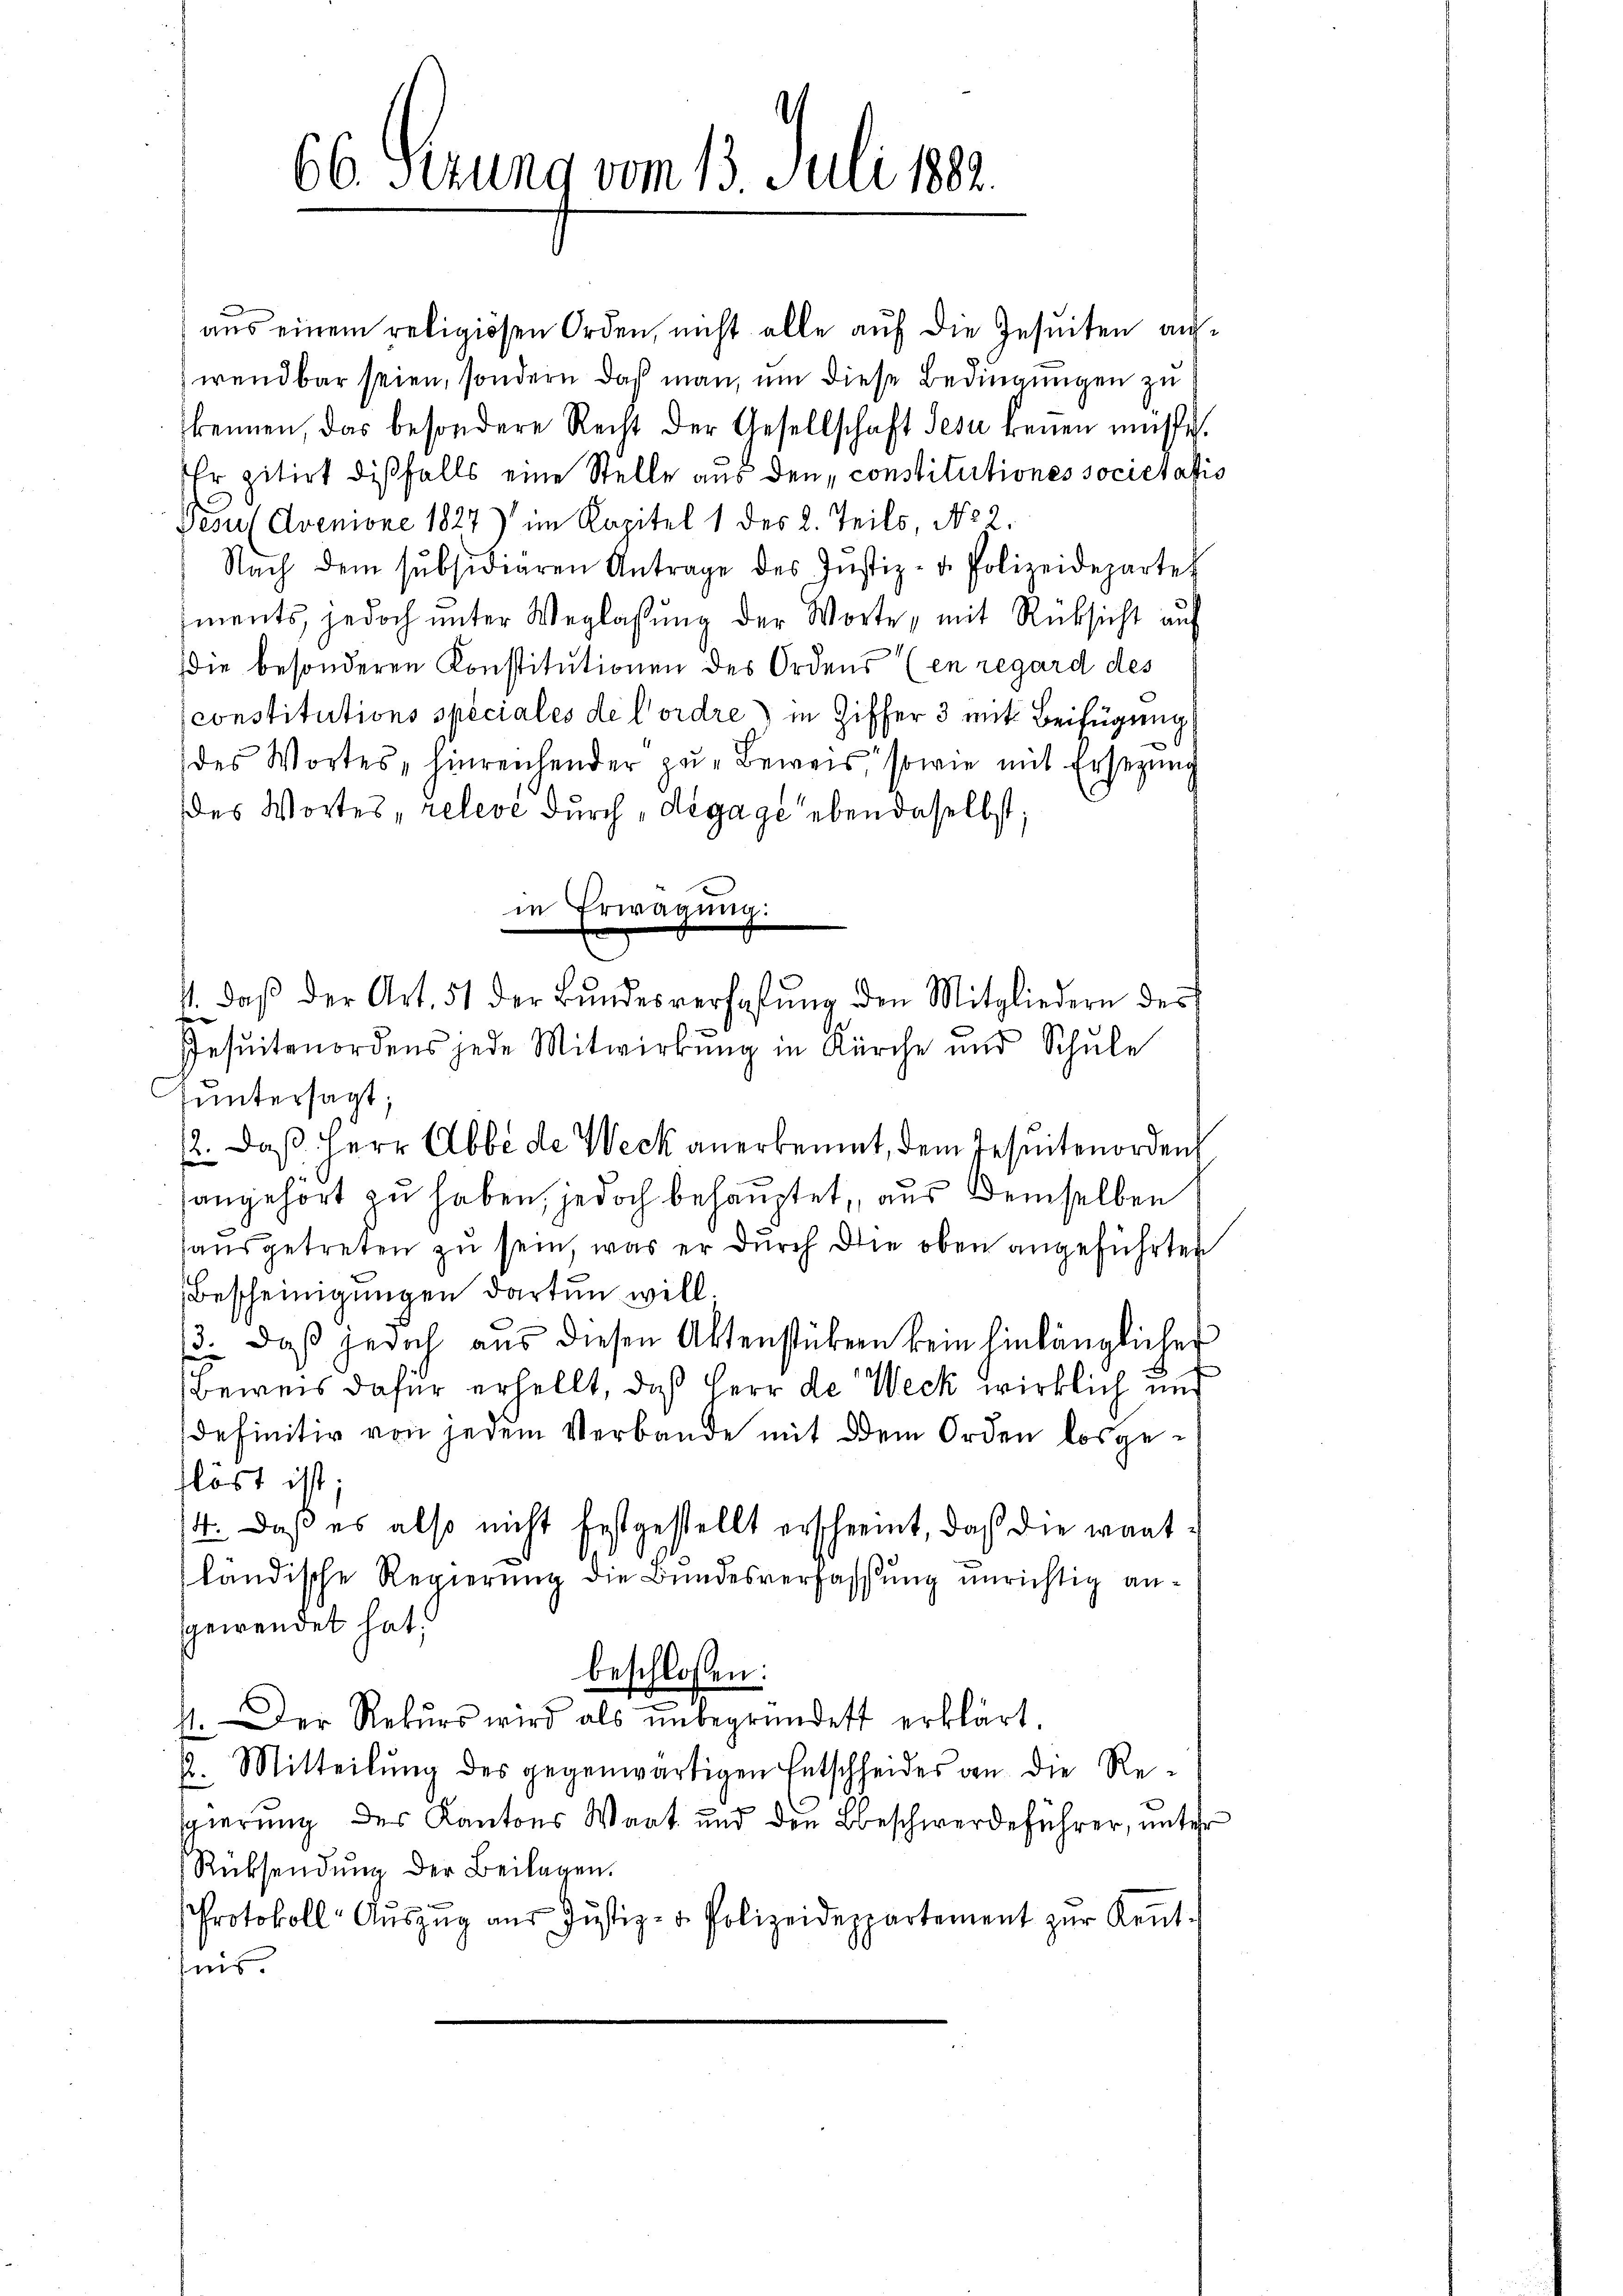
¬
66. Sizung vom 13. Juli 1882.

aus einem religiösen Orden, nicht alle auf die Jesuiten aufwendbar seien, sondern daß man, um diese Bedingungen zu
kennen, das besondere Recht der Gesellschaft Jesu keṅen müsse.
Er zitirt dißfalls eine Stelle aus den „constitutiones societatis
Jesu (Avenione 1827) im Kapitel 1 des 2. Teils, No 2.
Nach dem subsidiaren Antrage des Jŭstiz- u. Polizeidepartet
ments, jedoch unter Weglassung der Worte, mit Rücksicht auf
(die besonderen Konstitutionen des Ordens (en regard des
constitutions speciales de l’ordre in Ziffer 3 mit Beifügung
des Wortes hinreichender zŭ beweis, sowie mit Ersezung
des Wortes, releve durch, dégage eben daselbst;
in Erwägung:
Jesuitenordens jede Mitwirkung in Kürche und Schule
untersagt;
: daß Herr Abbe de Weck anerkennt, dem Jesuitenorden
angehört zu haben, jedoch behauptet, aus demselben
ausgetreten zu sein, was er durch die oben angeführten
Bescheinigungen darten will.
13. daß jedoch aus diesen Aktenstücken kein hinlänglicher
Beweis dafür erhellt, daß Herr de Weck wirklich und
definitiv von jedem Verbande mit dem Orden losgeflöst ist;
4. daß es also nicht festgestellt erschreint, daß die waatländische Regierung die Bundesverfassung unrichtig angewendet hat.
beschlossen:
s. Der Rekŭrs wird als ŭnbegründet erklärt.
2. Mitteilŭng des gegenwärtigen Entscheides an die Re-
sgierung des Kantons Waat und den Beschwerdeführer, unter
Rücksendung der Beilagen.
Protokoll- Aŭszŭg aŭs Jŭstiz- u. Polizeidepartement zur Keṅt-
nis.

s. daβ der Art. 51 der Bŭndesverhafŭng den Mitgliedern des